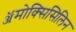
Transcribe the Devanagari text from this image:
ॲमोक्सिसिलिन